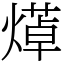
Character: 㷹